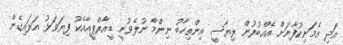
އަދި އެމަނިކުފާނަށް އެއްބުރުން ރިޔާސީ އިންތިހާބު ނިންމާ ނުލެވުނީ ޑީއާރްޕީއާއެކު ފިޔަވަޅު އަޅައިގެން